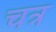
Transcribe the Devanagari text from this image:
चत्र